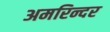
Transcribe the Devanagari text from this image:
अमरिन्दर